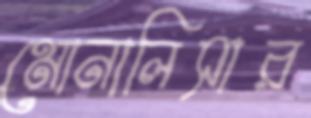
মোনালিসার